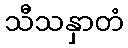
သီသနှာတံ